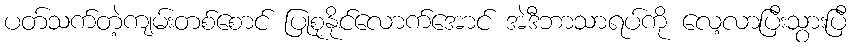
ပတ်သက်တဲ့ကျမ်းတစ်စောင် ပြုစုနိုင်လောက်အောင် အဲဒီဘာသာရပ်ကို လေ့လာပြီးသွားပြီ